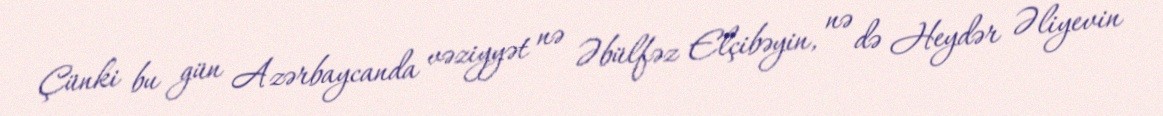
Çünki bu gün Azərbaycanda vəziyyət nə Əbülfəz Elçibəyin, nə də Heydər Əliyevin